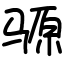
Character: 𫘪